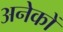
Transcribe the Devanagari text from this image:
अनेेकों